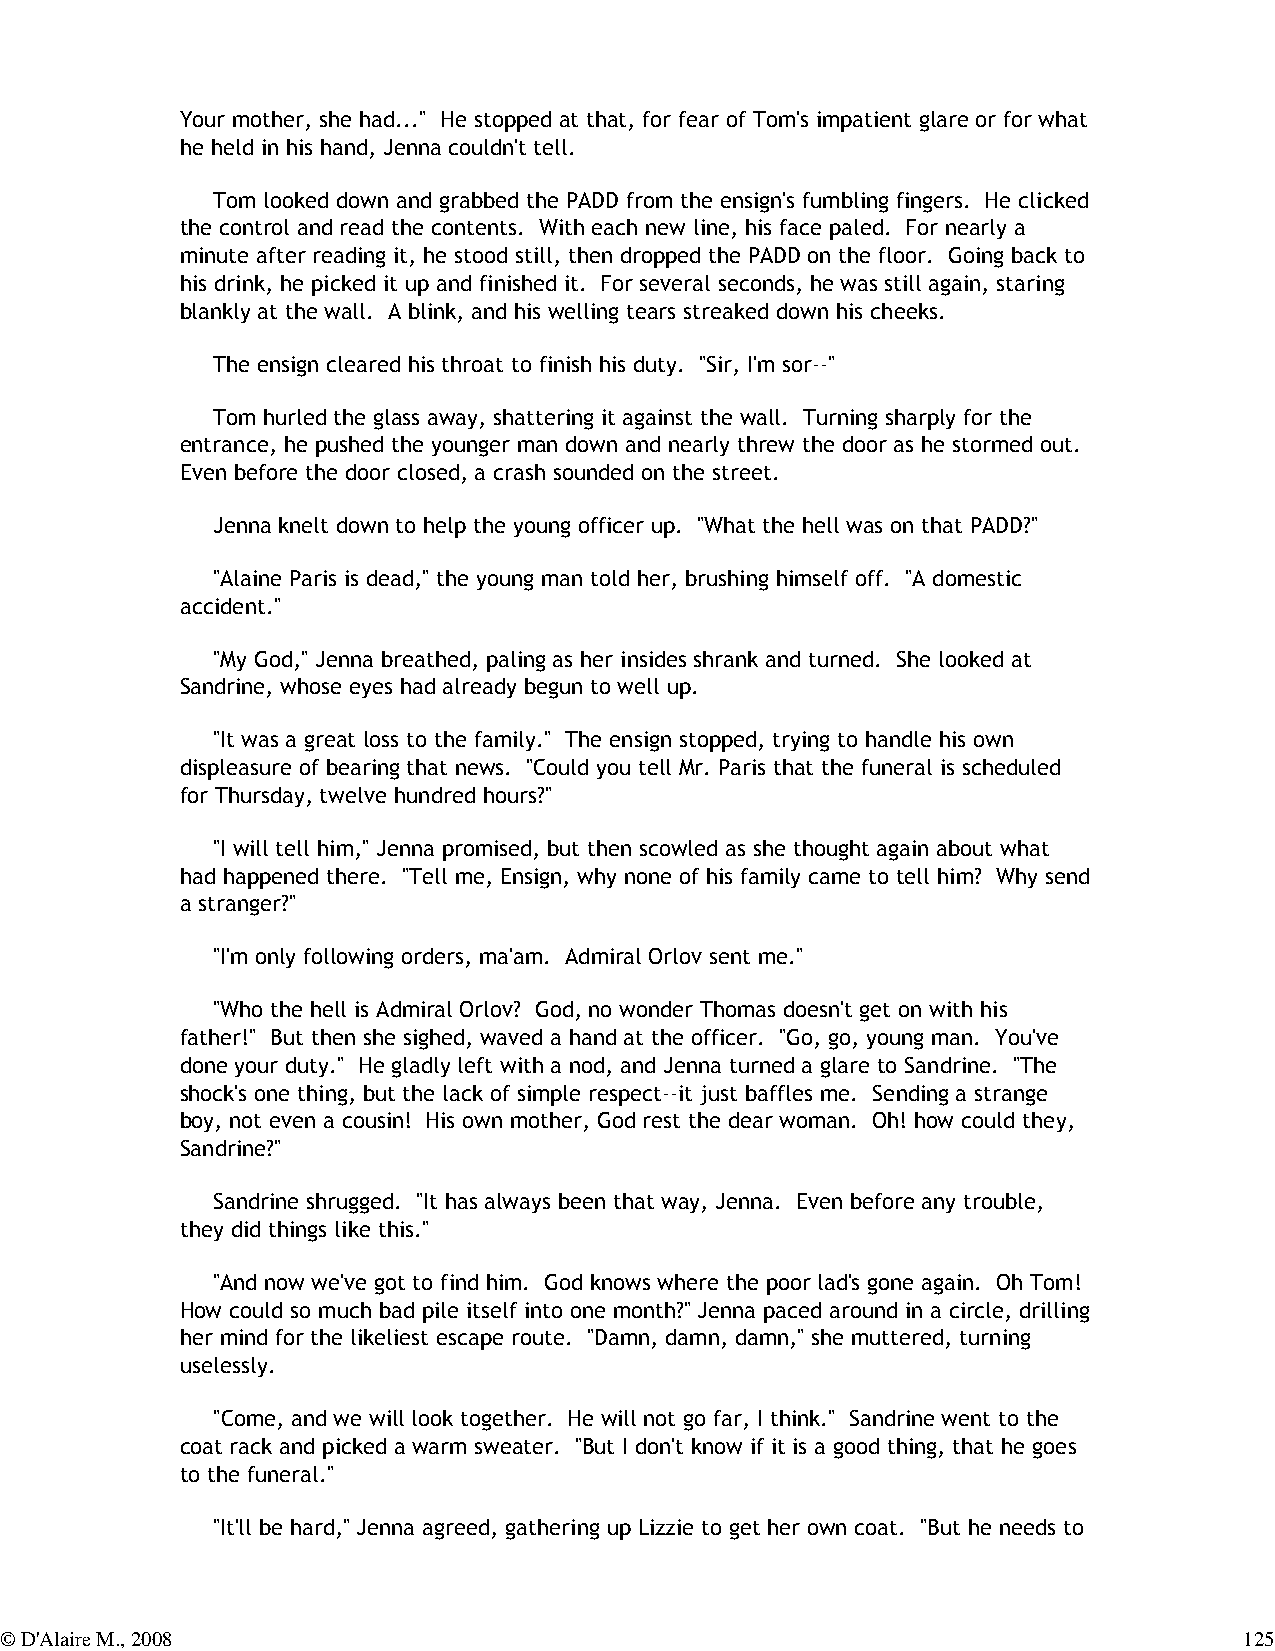
Your mother, she had..." He stopped at that, for fear of Tom's impatient glare or for what
 he held in his hand, Jenna couldn't tell.
 Tom looked down and grabbed the PADD from the ensign's fumbling fingers. He clicked
 the control and read the contents. With each new line, his face paled. For nearly a
 minute after reading it, he stood still, then dropped the PADD on the floor. Going back to
 his drink, he picked it up and finished it. For several seconds, he was still again, staring
 blankly at the wall. A blink, and his welling tears streaked down his cheeks.
 The ensign cleared his throat to finish his duty. "Sir, I'm sor--"
 Tom hurled the glass away, shattering it against the wall. Turning sharply for the
 entrance, he pushed the younger man down and nearly threw the door as he stormed out.
 Even before the door closed, a crash sounded on the street.
 Jenna knelt down to help the young officer up. "What the hell was on that PADD?"
 "Alaine Paris is dead," the young man told her, brushing himself off. "A domestic
 accident."
 "My God," Jenna breathed, paling as her insides shrank and turned. She looked at
 Sandrine, whose eyes had already begun to well up.
 "It was a great loss to the family." The ensign stopped, trying to handle his own
 displeasure of bearing that news. "Could you tell Mr. Paris that the funeral is scheduled
 for Thursday, twelve hundred hours?"
 "I will tell him," Jenna promised, but then scowled as she thought again about what
 had happened there. "Tell me, Ensign, why none of his family came to tell him? Why send
 a stranger?"
 "I'm only following orders, ma'am. Admiral Orlov sent me."
 "Who the hell is Admiral Orlov? God, no wonder Thomas doesn't get on with his
 father!" But then she sighed, waved a hand at the officer. "Go, go, young man. You've
 done your duty." He gladly left with a nod, and Jenna turned a glare to Sandrine. "The
 shock's one thing, but the lack of simple respect--it just baffles me. Sending a strange
 boy, not even a cousin! His own mother, God rest the dear woman. Oh! how could they,
 Sandrine?"
 Sandrine shrugged. "It has always been that way, Jenna. Even before any trouble,
 they did things like this."
 "And now we've got to find him. God knows where the poor lad's gone again. Oh Tom!
 How could so much bad pile itself into one month?" Jenna paced around in a circle, drilling
 her mind for the likeliest escape route. "Damn, damn, damn," she muttered, turning
 uselessly.
 "Come, and we will look together. He will not go far, I think." Sandrine went to the
 coat rack and picked a warm sweater. "But I don't know if it is a good thing, that he goes
 to the funeral."
 "It'll be hard," Jenna agreed, gathering up Lizzie to get her own coat. "But he needs to
 © D'Alaire M., 2008                                                               125